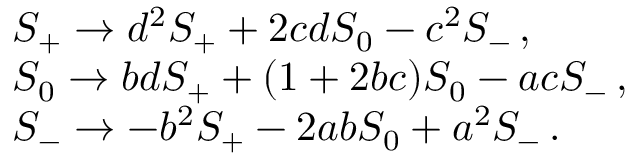
\begin{array} { l } { { S _ { + } \rightarrow d ^ { 2 } S _ { + } + 2 c d S _ { 0 } - c ^ { 2 } S _ { - } \, , } } \\ { { S _ { 0 } \rightarrow b d S _ { + } + ( 1 + 2 b c ) S _ { 0 } - a c S _ { - } \, , } } \\ { { S _ { - } \rightarrow - b ^ { 2 } S _ { + } - 2 a b S _ { 0 } + a ^ { 2 } S _ { - } \, . } } \end{array}